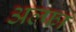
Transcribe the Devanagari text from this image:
अल्‍फा